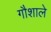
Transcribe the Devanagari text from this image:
गौशाले